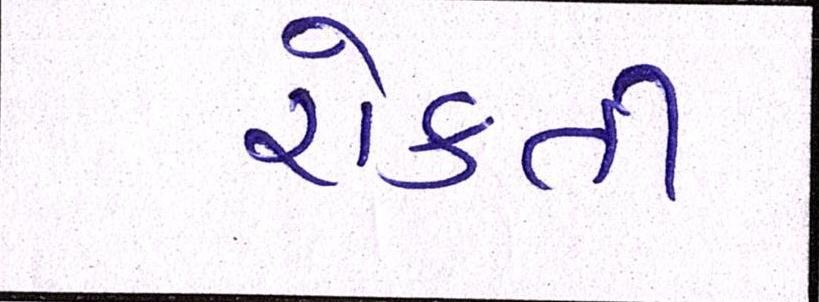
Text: રોકતી